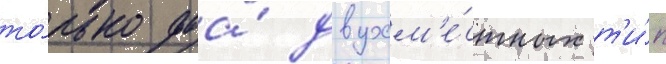
то́лько два́ двухм'е́стных т'и́п